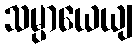
သမ္ပာယေယျ